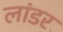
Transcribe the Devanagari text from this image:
लांडर